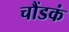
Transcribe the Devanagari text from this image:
चौंडकं